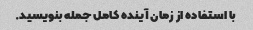
با استفاده از زمان آینده کامل جمله بنویسید.